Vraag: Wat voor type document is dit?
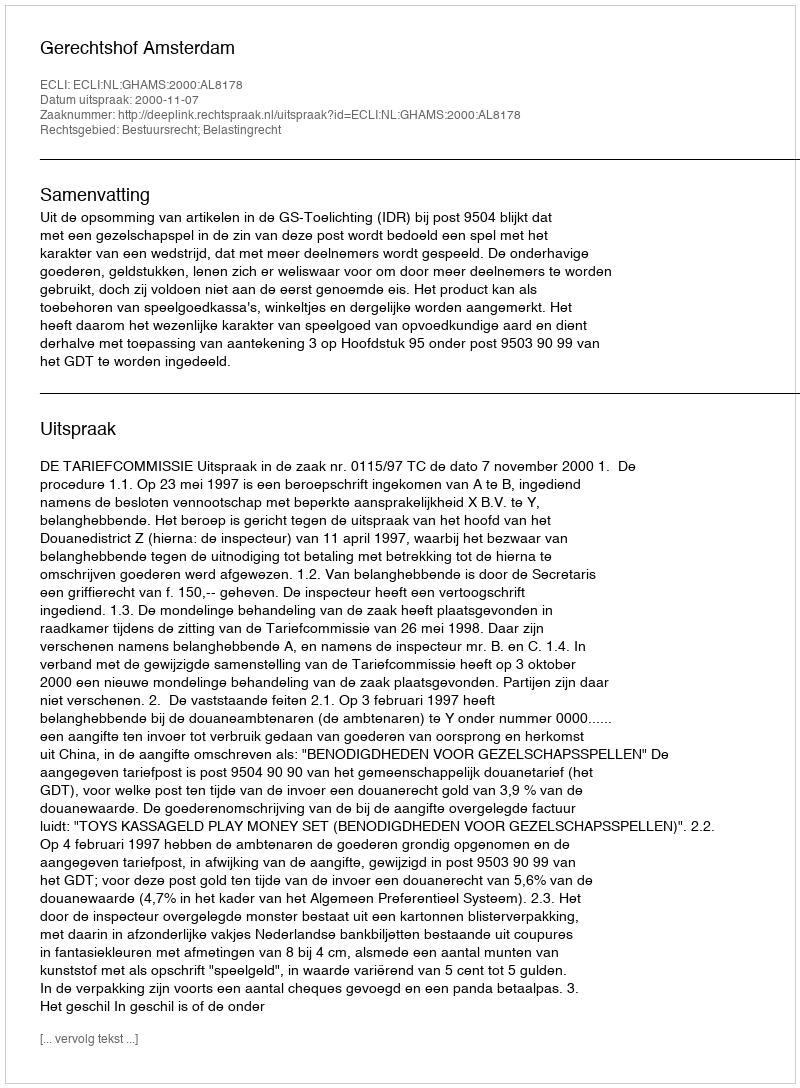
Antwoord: Uitspraak